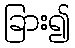
ခြား၍